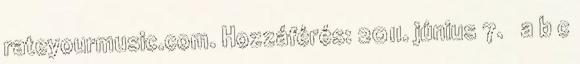
rateyourmusic.com. Hozzáférés: 2011. június 7. ↑ a b c